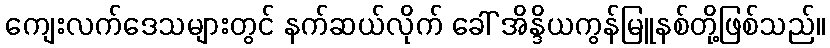
ကျေးလက်ဒေသများတွင် နက်ဆယ်လိုက် ခေါ် အိန္ဒိယကွန်မြူနစ်တို့ဖြစ်သည်။